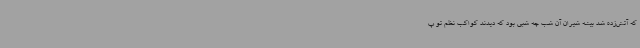
که آتش‌زده شد بیشه شیران آن شب چه شبی بود که دیدند کواکب نظم تو پ